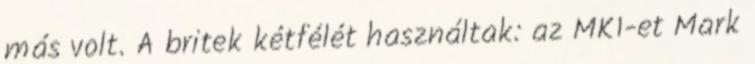
más volt. A britek kétfélét használtak: az MK1-et Mark